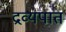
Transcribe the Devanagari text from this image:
द्रव्यपात